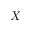
X